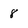
Character: 8